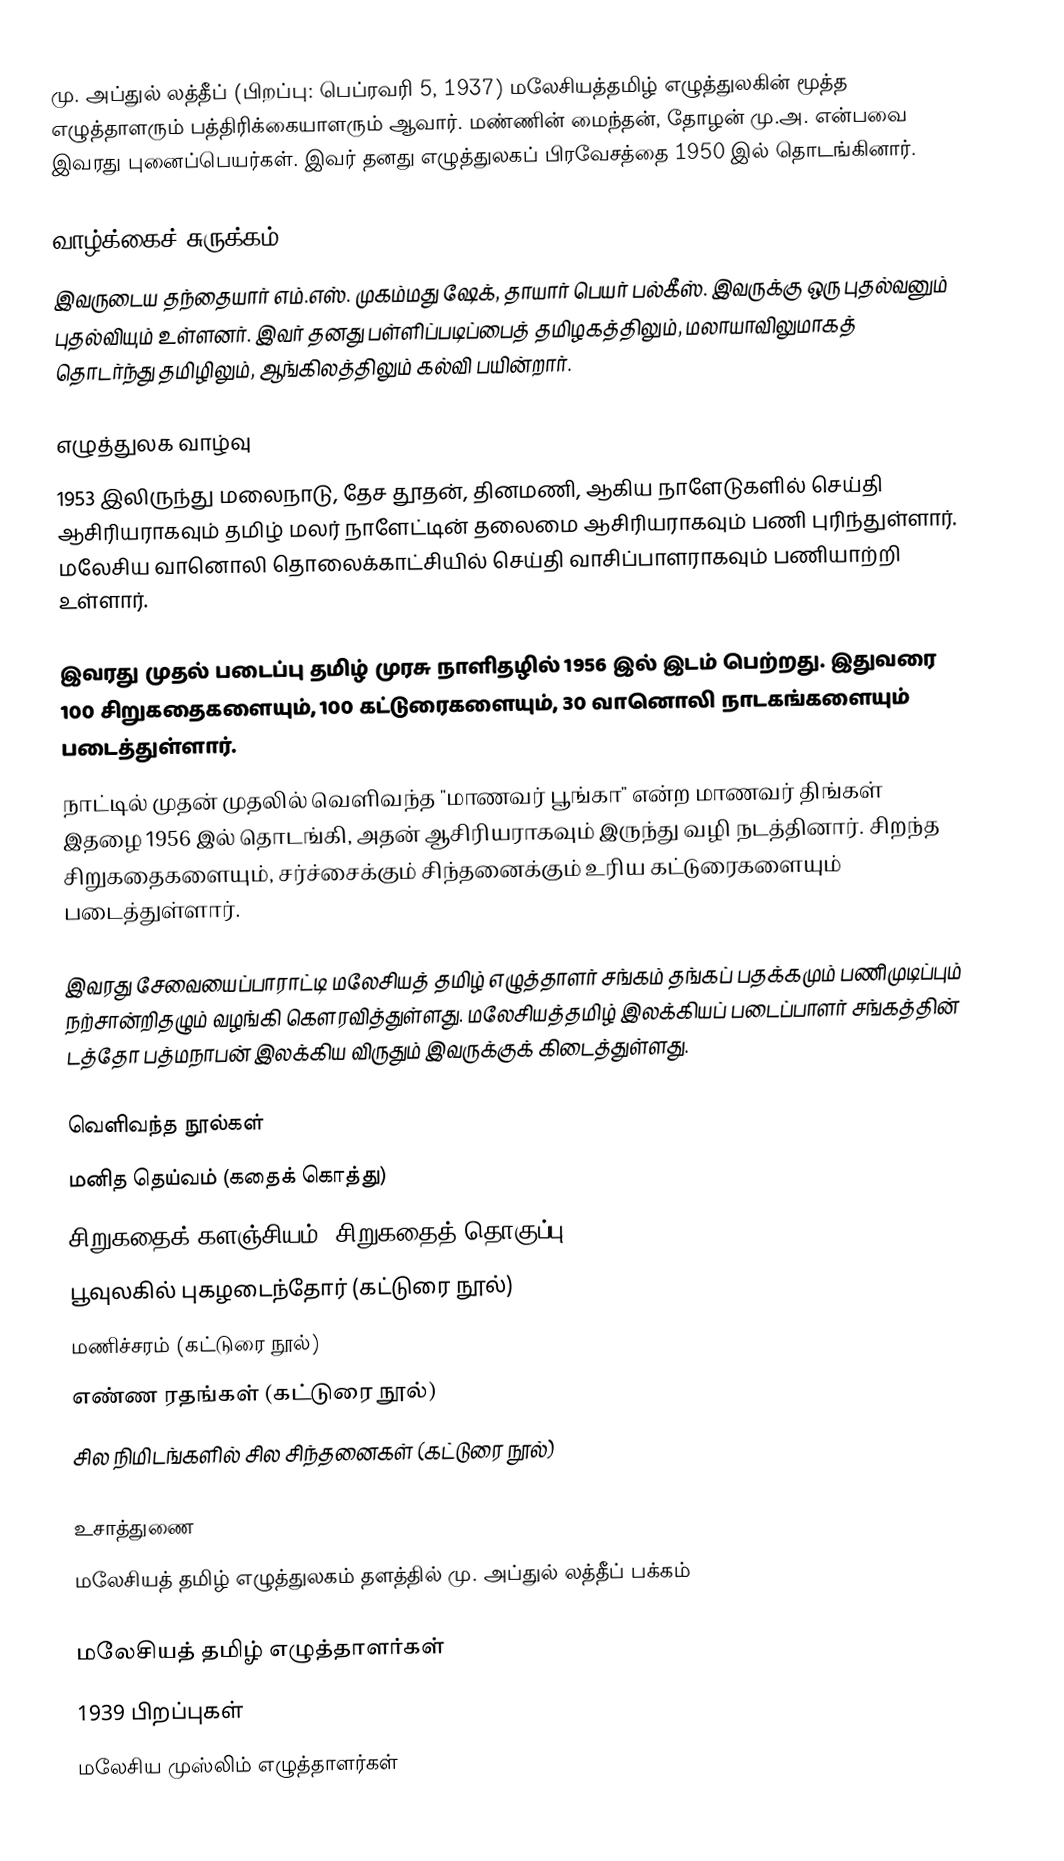
மு. அப்துல் லத்தீப் (பிறப்பு: பெப்ரவரி 5, 1937) மலேசியத்தமிழ் எழுத்துலகின் மூத்த எழுத்தாளரும் பத்திரிக்கையாளரும் ஆவார். மண்ணின் மைந்தன், தோழன் மு.அ. என்பவை இவரது புனைப்பெயர்கள். இவர் தனது எழுத்துலகப் பிரவேசத்தை 1950 இல் தொடங்கினார்.

வாழ்க்கைச் சுருக்கம்
இவருடைய தந்தையார் எம்.எஸ். முகம்மது  ஷேக், தாயார் பெயர் பல்கீஸ். இவருக்கு ஒரு புதல்வனும் புதல்வியும் உள்ளனர். இவர் தனது பள்ளிப்படிப்பைத் தமிழகத்திலும், மலாயாவிலுமாகத் தொடர்ந்து தமிழிலும், ஆங்கிலத்திலும் கல்வி பயின்றார்.

எழுத்துலக வாழ்வு
1953 இலிருந்து மலைநாடு,  தேச தூதன்,  தினமணி, ஆகிய நாளேடுகளில் செய்தி ஆசிரியராகவும் தமிழ் மலர் நாளேட்டின் தலைமை ஆசிரியராகவும் பணி புரிந்துள்ளார்.  மலேசிய வானொலி தொலைக்காட்சியில் செய்தி வாசிப்பாளராகவும் பணியாற்றி உள்ளார்.

இவரது முதல் படைப்பு தமிழ் முரசு நாளிதழில் 1956 இல் இடம் பெற்றது. இதுவரை 100 சிறுகதைகளையும், 100 கட்டுரைகளையும், 30 வானொலி நாடகங்களையும் படைத்துள்ளார்.
நாட்டில் முதன் முதலில் வெளிவந்த "மாணவர் பூங்கா" என்ற மாணவர் திங்கள் இதழை 1956 இல் தொடங்கி, அதன் ஆசிரியராகவும் இருந்து வழி நடத்தினார்.  சிறந்த சிறுகதைகளையும், சர்ச்சைக்கும் சிந்தனைக்கும் உரிய கட்டுரைகளையும் படைத்துள்ளார்.

இவரது சேவையைப்பாராட்டி மலேசியத் தமிழ் எழுத்தாளர் சங்கம் தங்கப் பதக்கமும் பணிமுடிப்பும் நற்சான்றிதழும் வழங்கி கௌரவித்துள்ளது. மலேசியத்தமிழ் இலக்கியப் படைப்பாளர் சங்கத்தின் டத்தோ பத்மநாபன் இலக்கிய விருதும் இவருக்குக் கிடைத்துள்ளது.

வெளிவந்த நூல்கள்
 மனித தெய்வம் (கதைக் கொத்து)
 சிறுகதைக் களஞ்சியம் (சிறுகதைத் தொகுப்பு)
 பூவுலகில் புகழடைந்தோர் (கட்டுரை நூல்)
 மணிச்சரம் (கட்டுரை நூல்)
 எண்ண ரதங்கள் (கட்டுரை நூல்)
 சில நிமிடங்களில்  சில சிந்தனைகள் (கட்டுரை நூல்)

உசாத்துணை
 மலேசியத் தமிழ் எழுத்துலகம் தளத்தில் மு. அப்துல் லத்தீப் பக்கம்

மலேசியத் தமிழ் எழுத்தாளர்கள்
1939 பிறப்புகள்
மலேசிய முஸ்லிம் எழுத்தாளர்கள்